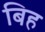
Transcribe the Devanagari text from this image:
बिह